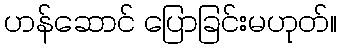
ဟန်ဆောင် ပြောခြင်းမဟုတ်။